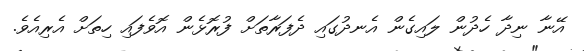
އޭނާ ނިދާ ހެދުން ލައިގެން އެނދުގައި ދެފަރާތަށް ފުރޮޅެން އޮވެފައި ހިތަށް އެރިއެވެ.